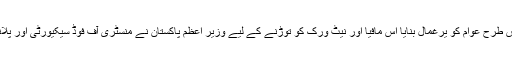
طلب اور رسد کے درمیان فرق کے سبب منافع خوروں اور ذخیرہ اندوزوں نے جس طرح عوام کو یرغمال بنایا اس مافیا اور نیٹ ورک کو توڑنے کے لیے وزیر اعظم پاکستان نے منسٹری آف فوڈ سیکیورٹی اور پلاننگ کو پرائس مانیٹرنگ اور نیشنل ڈیمانڈ سپلائی سیل کے قیام کی ہدایات دی ہیں۔